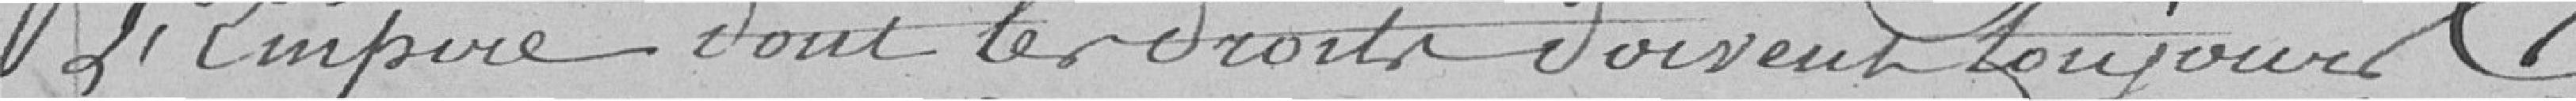
l'Empire dont les droits doivent toujours